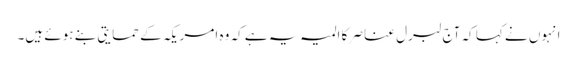
انہوں نے کہا کہ آج لبرل عناصر کا المیہ یہ ہے کہ وہ امریکہ کے حمایتی بنے ہوئے ہیں۔